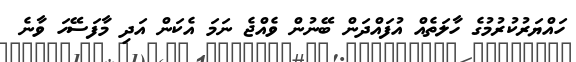
ހައްޔަރުކުރުމުގެ ހާލަތެއް އުފައްދަން ބޭނުން ވެއްޖެ ނަމަ އެކަން އަދި މާފަސޭހަ ވާނެ